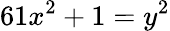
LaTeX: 61x^{2}+1=y^{2}